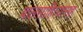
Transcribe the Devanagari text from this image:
बालसाहित्यासह